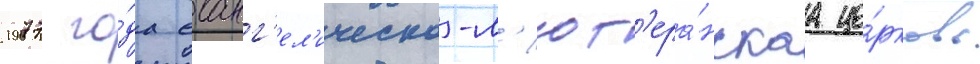
1977 го́да еванг'ел'ическо-л'ют'ера́нскаа це́рковь